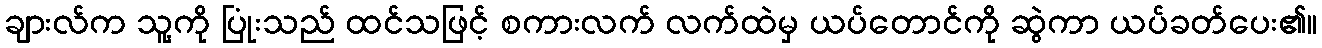
ချားလ်က သူ့ကို ပြုံးသည် ထင်သဖြင့် စကားလက် လက်ထဲမှ ယပ်တောင်ကို ဆွဲကာ ယပ်ခတ်ပေး၏။